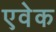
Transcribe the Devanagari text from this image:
एवेक